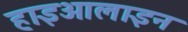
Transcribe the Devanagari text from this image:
हाइआलाइन